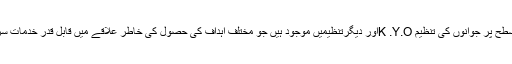
اس علاقہ میں مقامی سطح پر جوانوں کی تنظیم K .Y.Oاور دیگرتنظیمیں موجود ہیں جو مختلف اہداف کی حصول کی خاطر علاقے میں قابل قدر خدمات سر انجام دے رہے ہیں ۔